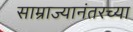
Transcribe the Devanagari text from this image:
साम्राज्यानंतरच्या